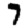
Digit: 7